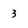
Character: 3